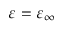
\varepsilon = \varepsilon _ { \infty }